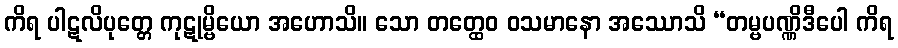
ကိရ ပါဋလိပုတ္တေ ကုဋုမ္ဗိယော အဟောသိ။ သော တတ္ထေဝ ဝသမာနော အဿောသိ “တမ္ဗပဏ္ဏိဒီပေါ ကိရ